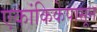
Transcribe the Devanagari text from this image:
एकांकिकेपासून